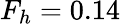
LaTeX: F_{h}=0.14